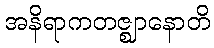
အနိရာကတဇ္ဈာနောတိ